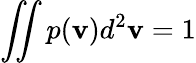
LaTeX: \iint{p(\mathbf{v})}{{d}^{2}}{\mathbf v}=1